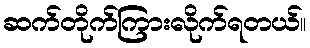
ဆက်တိုက်ကြားလိုက်ရတယ်။